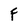
Character: F